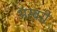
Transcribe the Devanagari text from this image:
अॅस्बरी